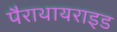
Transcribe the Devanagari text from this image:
पैराथायराइड